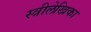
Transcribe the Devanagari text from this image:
स्त्रीलेखिका